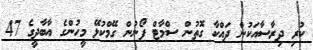
ކުރި ދިރާސާއަކުން ދައްކާ ގޮތުން ސްމާޓް ފޯނުން ގޭމްކުޅޭ މީހުންގެ އާބާދީގެ 47